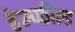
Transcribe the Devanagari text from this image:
हेम्प्फील्ड